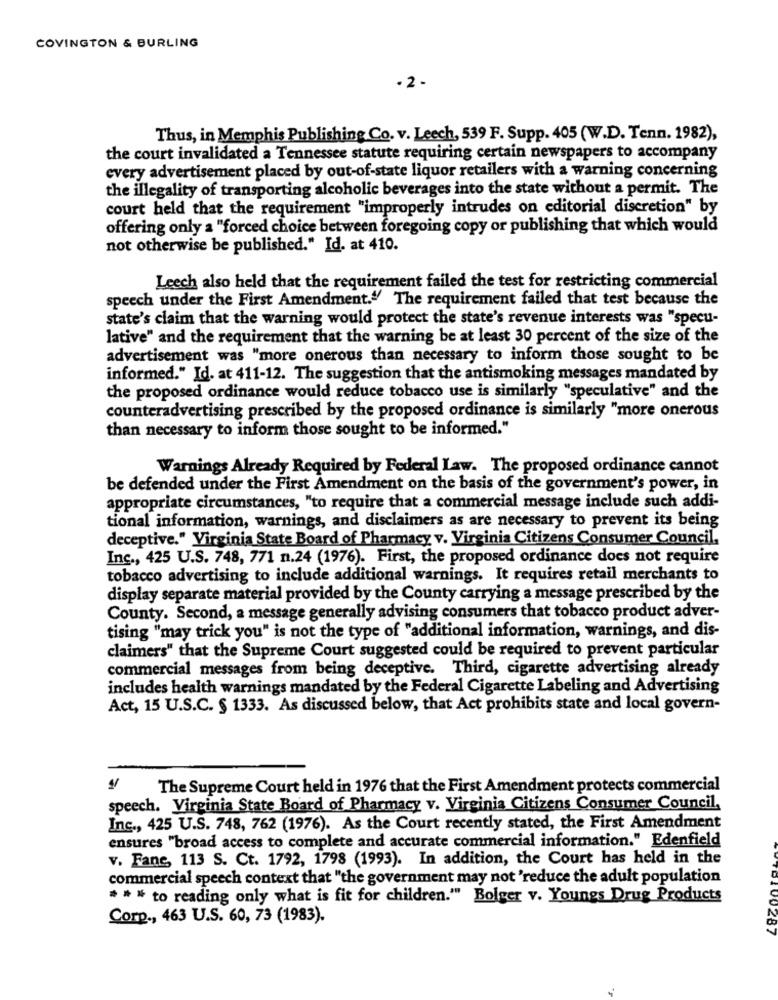
COVINGTON & BURLING
. 2 -
Thus, in Memphis Publishing Co. v. Leech, 539 F. Supp. 405 (W.D. Tenn. 1982),
the court invalidated a Tennessee statute requiring certain newspapers to accompany
every advertisement placed by out-of-state liquor retailers with a warning concerning
the illegality of transporting alcoholic beverages into the state without a permit. The
court held that the requirement "improperly intrudes on editorial discretion" by
offering only a "forced choice between foregoing copy or publishing that which would
not otherwise be published." Id. at 410.
Leech also held that the requirement failed the test for restricting commercial
speech under the First Amendment.4 The requirement failed that test because the
state's claim that the warning would protect the state's revenue interests was "specu-
lative" and the requirement that the warning be at least 30 percent of the size of the
advertisement was "more onerous than necessary to inform those sought to be
informed." Id. at 411-12. The suggestion that the antismoking messages mandated by
the proposed ordinance would reduce tobacco use is similarly "speculative" and the
counteradvertising prescribed by the proposed ordinance is similarly "more onerous
than necessary to inform those sought to be informed."
Warnings Already Required by Federal Law. The proposed ordinance cannot
be defended under the First Amendment on the basis of the government's power, in
appropriate circumstances, "to require that a commercial message include such addi-
tional information, warnings, and disclaimers as are necessary to prevent its being
deceptive." Virginia State Board of Pharmacy v. Virginia Citizens Consumer Council.
Inc ., 425 U.S. 748, 771 n.24 (1976). First, the proposed ordinance does not require
tobacco advertising to include additional warnings. It requires retail merchants to
display separate material provided by the County carrying a message prescribed by the
County. Second, a message generally advising consumers that tobacco product adver-
tising "may trick you" is not the type of "additional information, warnings, and dis-
claimers" that the Supreme Court suggested could be required to prevent particular
commercial messages from being deceptive. Third, cigarette advertising already
includes health warnings mandated by the Federal Cigarette Labeling and Advertising
Act, 15 U.S.C. § 1333. As discussed below, that Act prohibits state and local govern-
The Supreme Court held in 1976 that the First Amendment protects commercial
speech. Virginia State Board of Pharmacy v. Virginia Citizens Consumer Council,
Inc ., 425 U.S. 748, 762 (1976). As the Court recently stated, the First Amendment
ensures "broad access to complete and accurate commercial information." Edenfield
v. Fane, 113 S. Ct. 1792, 1798 (1993). In addition, the Court has held in the
commercial speech context that "the government may not 'reduce the adult population
* * * to reading only what is fit for children."" Bolger v. Youngs Drug Products
Corp ., 463 U.S. 60, 73 (1983).
10287